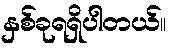
နှစ်ခုရရှိပါတယ်။